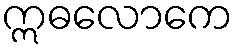
ဣဓလောကေ